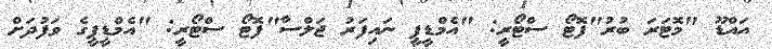
އައްޑޫ "މޮޓަރަ ބުރު"ފޮޓޯ ސްޓޯރީ: "އެމްޑީޕީ ނައިފަރު ޖަލްސާ"ފޮޓޯ ސްޓޯރީ: "އެމްޑީޕީގެ ވަފުދަށް